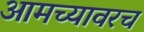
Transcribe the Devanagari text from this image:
आमच्यावरच